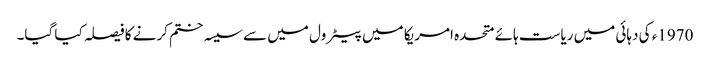
1970ء کی دہائی میں ریاست ہائے متحدہ امریکا میں پیٹرول میں سے سیسہ ختم کرنے کا فیصلہ کیا گیا۔